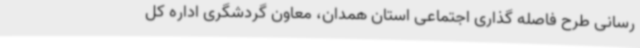
رسانی طرح فاصله گذاری اجتماعی استان همدان، معاون گردشگری اداره کل